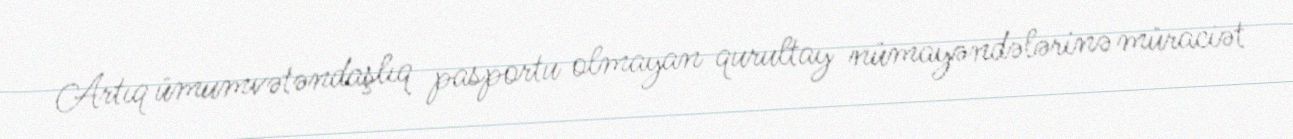
Artıq ümumvətəndaşlıq pasportu olmayan qurultay nümayəndələrinə müraciət